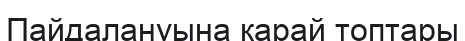
Пайдалануына қарай топтары